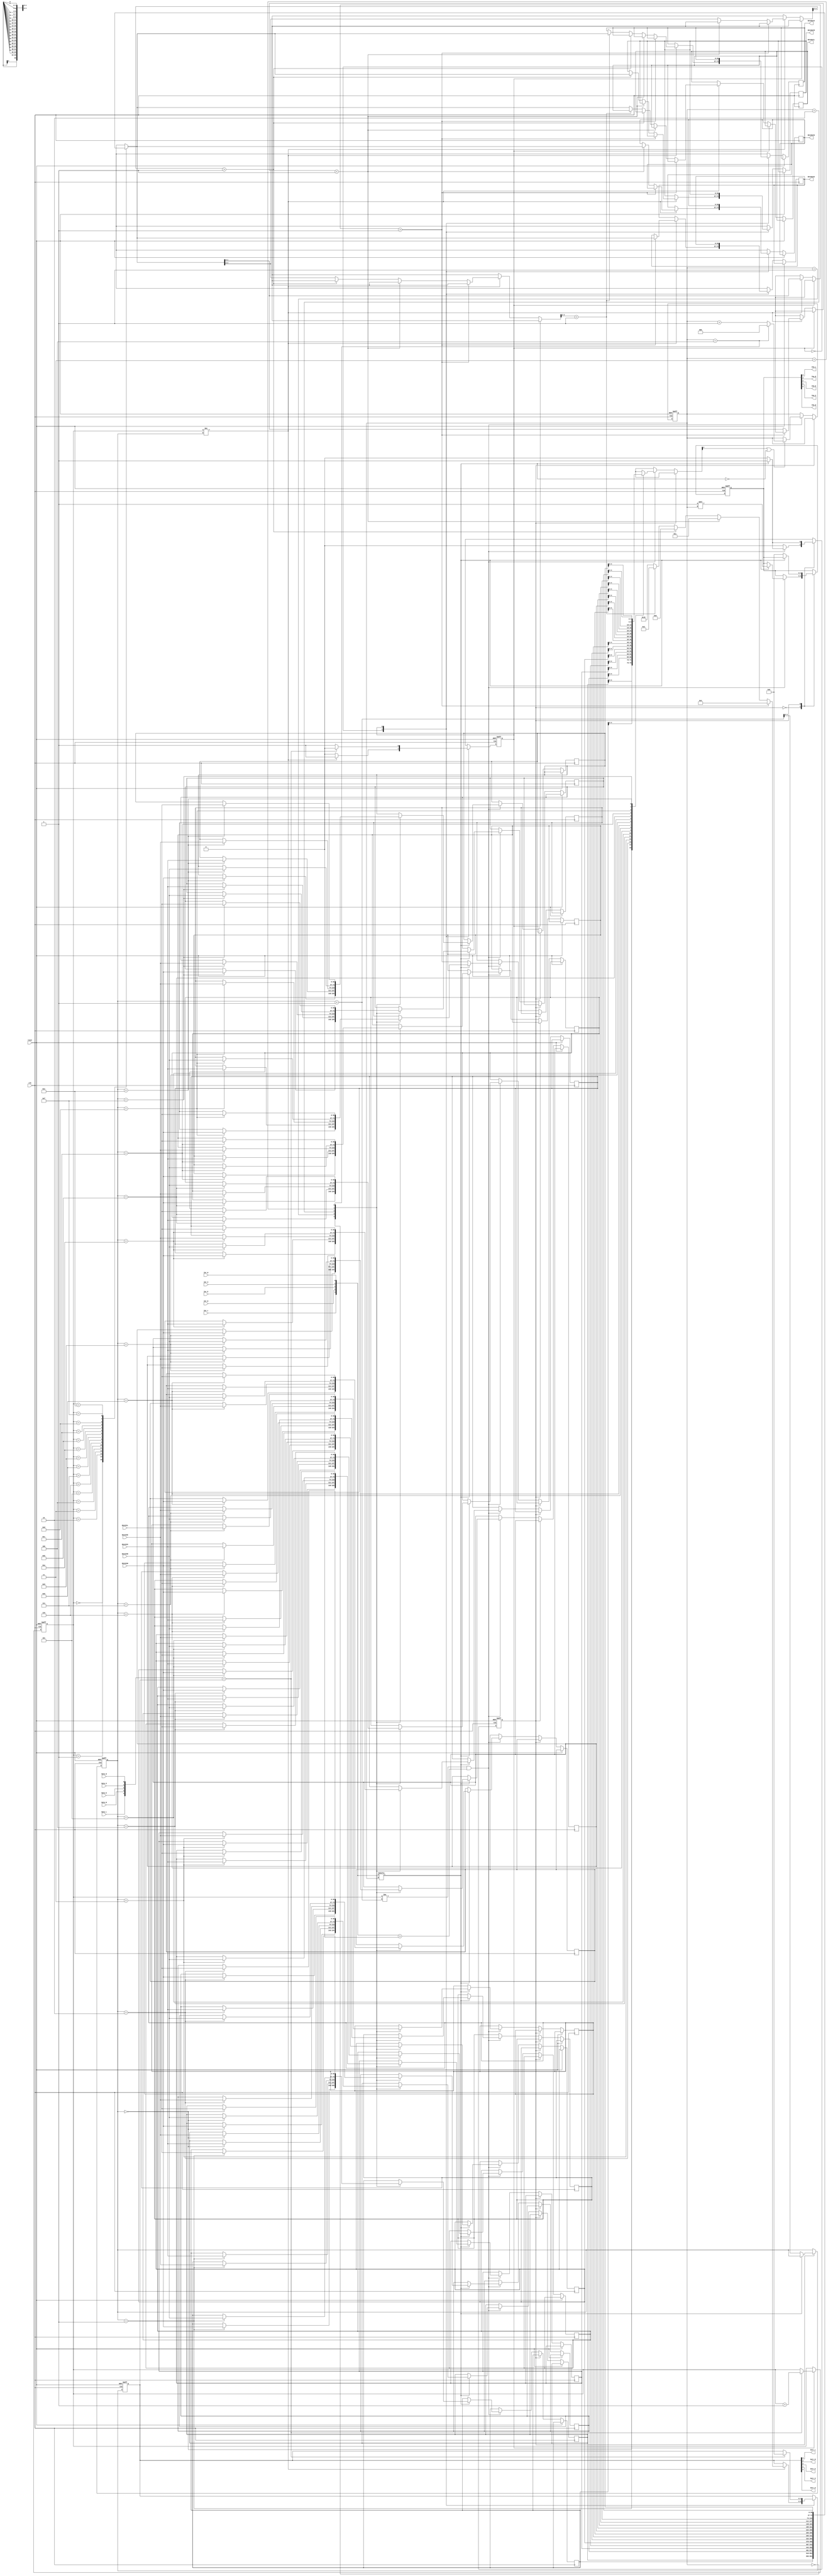
module NocSimpRout (
dataInE, 
dataInW,
dataInS,
dataInN,
dataInL,
dataOutE, 
dataOutW,
dataOutS,
dataOutN,
dataOutL,
Inr_L,Inr_N,Inr_E,Inr_S,Inr_W,
Inw_L,Inw_N,Inw_E,Inw_S,Inw_W,
Outr_L,Outr_N,Outr_E,Outr_S,Outr_W,
Outw_L,Outw_N,Outw_E,Outw_S,Outw_W,
clk,
reset
);

parameter position = 4'b0101; //ctntr X: 01 Y: 01
parameter DATA_WIDTH=37;
parameter FIFO_DEPTH=4; //2^5=32 - 32 data flits in FIFO 
//parameter MAX_COUNT = 2**FIFO_DEPTH;

input [DATA_WIDTH-1 : 0] dataInE, dataInW, dataInS, dataInN, dataInL; // 4 addres, 1 endbit
output [DATA_WIDTH-1 : 0] dataOutE, dataOutW, dataOutS, dataOutN, dataOutL;
input Inr_L, Inr_N, Inr_E, Inr_S, Inr_W;
output Inw_L, Inw_N, Inw_E, Inw_S, Inw_W;
output Outr_L,Outr_N,Outr_E,Outr_S,Outr_W;
input Outw_L,Outw_N,Outw_E,Outw_S,Outw_W;
input clk;
input reset;

//reg [DATA_WIDTH+4:0] dataOutE, dataOutW, dataOutS, dataOutN, dataOutL;
//reg Inw_L, Inw_N, Inw_E, Inw_S, Inw_W;
reg [DATA_WIDTH-1 : 0] mem [2**FIFO_DEPTH-1:0];
reg   [FIFO_DEPTH-1 : 0]   rd_ptr;
reg   [FIFO_DEPTH-1 : 0]   wr_ptr;

reg [4:0] Inw;
wire [4:0] Inr;
reg [4:0] Outr;
wire [4:0] Outw;

reg [DATA_WIDTH-1:0] dataOutE, dataOutW, dataOutS, dataOutN, dataOutL;

reg stepr, stepw;
reg [2:0] port;


assign Inr = {Inr_L,Inr_N,Inr_E,Inr_S,Inr_W};
assign {Inw_L,Inw_N,Inw_E,Inw_S,Inw_W} = Inw;
assign Outw = {Outw_L,Outw_N,Outw_E,Outw_S,Outw_W};
assign {Outr_L,Outr_N,Outr_E,Outr_S,Outr_W} = Outr;

always @(posedge clk or posedge reset)
	if (reset) 
		begin 
			wr_ptr <= 'h0;
			rd_ptr <= 'h0;
			stepr<=0;
			stepw<=0;
			port<=0;
			Inw<=0;
			Outr<=0;
		end
	else
		begin
			case (stepr)
				0:  begin
						if ((rd_ptr != (wr_ptr+1))&&(Inr > 0)) 
							begin
								if ((mem[wr_ptr][4] == 1'b1) || (Inr[port] != 1'b1))
									begin
										if (port==4) port <= 0;
										else port<=port+1;
									end
								if (Inr[port] == 1'b1) 
									begin
										Inw<=(1'b1 << port);
										case (port)
											0: mem[wr_ptr]<=dataInW;
											1: mem[wr_ptr]<=dataInS;
											2: mem[wr_ptr]<=dataInE;
											3: mem[wr_ptr]<=dataInN;
											4: mem[wr_ptr]<=dataInL;	
										endcase
										stepr=1;
									end
							end							
					end	
				1:  begin
						if (Inr[port] == 1'b0) 
							begin 
								wr_ptr<=wr_ptr+1;
								Inw<=0;
								stepr<=0; 									
							end
					end
			endcase
			
			case (stepw)
				0:  if (rd_ptr != wr_ptr)
							begin
								//XY routing//
								if (mem[rd_ptr] [1:0] > position[1:0]) begin Outr <= 5'b00100; dataOutE=mem[rd_ptr]; end //Inr ^ 4'b00100; //E
								else if (mem[rd_ptr] [1:0] < position[1:0]) begin Outr <= 5'b00001; dataOutW=mem[rd_ptr]; end //W
								     else if (mem[rd_ptr] [3:2] > position[3:2]) begin Outr <= 5'b01000; dataOutN=mem[rd_ptr]; end //N
								          else if (mem[rd_ptr] [3:2] < position[3:2]) begin Outr <= 5'b00010; dataOutS=mem[rd_ptr]; end //S
											   else begin Outr<=5'b10000; dataOutL<=mem[rd_ptr]; end //L
								stepw=1;
							end
				1: 	begin
						if (Outw == Outr)
							begin
								rd_ptr<=rd_ptr+1;
								Outr<=0;
								stepw<=0;
							end
					end
			endcase
		end


endmodule